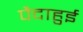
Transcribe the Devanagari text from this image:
पैदाहुई